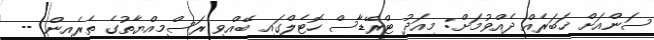
ސަންއަށް ޚަބަރެއް ދެއްވުމަށް: މިއަދު ޓްރޭޑާސް ހޮޓެލްގައި ބޭއްވި ރަސްމިއްޔާތުގެ ތެރެއިން --